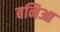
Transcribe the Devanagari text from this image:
बनिआ